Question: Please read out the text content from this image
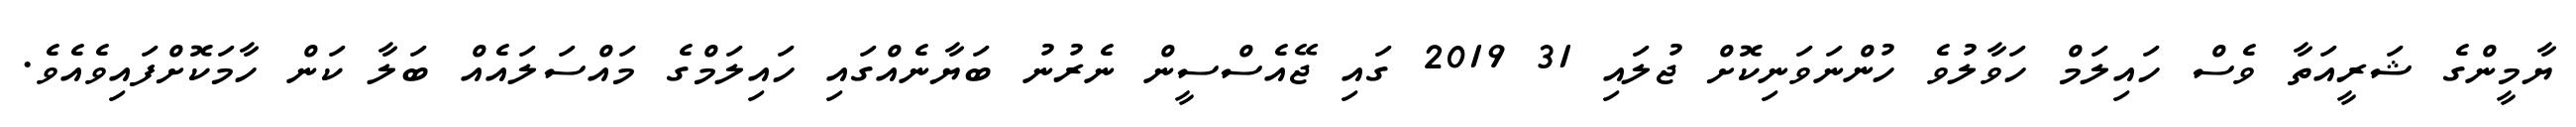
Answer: ޔާމީންގެ ޝަރީއަތާ ވެސް ހައިލަމް ހަވާލުވެ ހުންނަވަނިކޮށް ޖުލައި 31 2019 ގައި ޖޭއެސްސީން ނެރުނު ބަޔާނެއްގައި ހައިލަމްގެ މައްސަލައެއް ބަލާ ކަން ހާމަކޮށްފައިވެއެވެ.